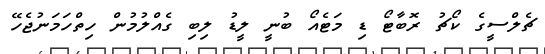
ޗެލްސީގެ ކޯޗު ރޮބާޓޯ ޑި މަޓެއޯ ބުނީ ލީޑު ލިބި ގެއްލުމުން ހިތްހަމަނުޖެހޭ